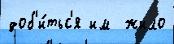
доб'и́тьс'я им  жило